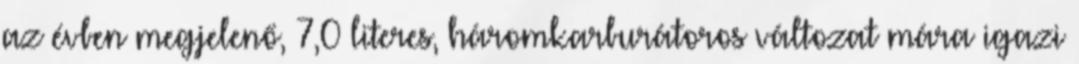
az évben megjelenő, 7,0 literes, háromkarburátoros változat mára igazi